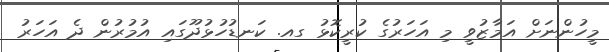
މީހުންނަށް އަމާޒުވީ މި އަހަރުގެ ކުރީކޮޅު ގއ. ކަނޑުހުޅުދޫގައި އުމުރުން ދެ އަހަރު